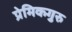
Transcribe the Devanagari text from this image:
प्रेमिकगुरु